Indian journal of veterinary science and animal husbandry - Volumes 15-17, 1948-1951
Year: 1948
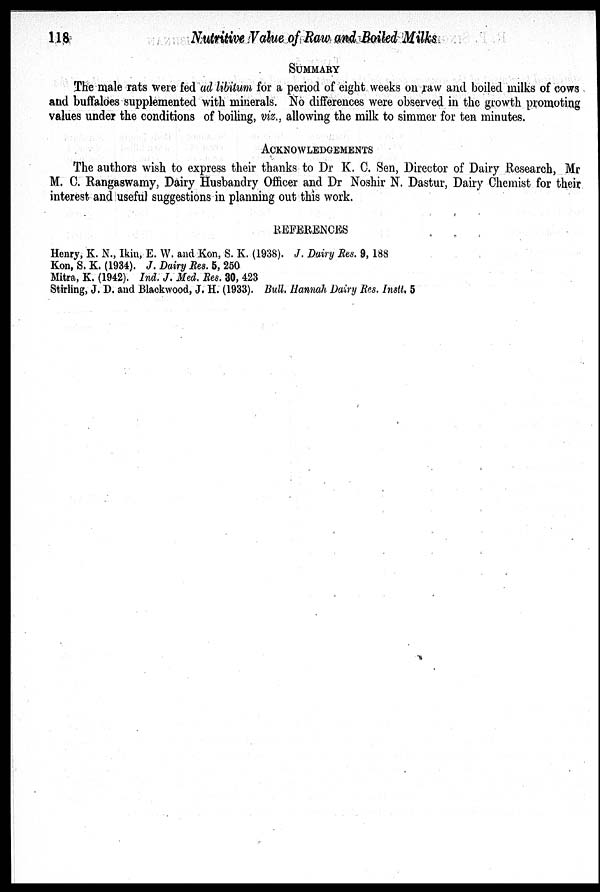
118
Nutritive Value of Raw and Boiled Milks
SUMMARY
The male rats were fed ad libitum for a period of eight weeks on raw and boiled milks of cows
and buffaloes supplemented with minerals. No differences were observed in the growth promoting
values under the conditions of boiling, viz., allowing the milk to simmer for ten minutes.
ACKNOWLEDGEMENTS
The authors wish to express their thanks to Dr K. C. Sen, Director of Dairy Research, Mr
M. C. Rangaswamy, Dairy Husbandry Officer and Dr Noshir N. Dastur, Dairy Chemist for their
interest and useful suggestions in planning out this work.
REFERENCES
Henry, K. N., Ikin, E. W. and Kon, S. K. (1938). J. Dairy Res. 9, 188
Kon, S. K. (1934). J. Dairy Res. 5, 250
Mitra, K. (1942). Ind. J. Med. Res. 30, 423
Stirling, J. D. and Blackwood, J. H. (1933). Bull. Hannah Dairy Res. Instt. 5